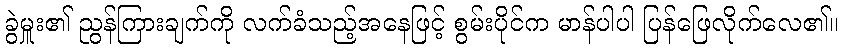
ခွဲမှူး၏ ညွန်ကြားချက်ကို လက်ခံသည့်အနေဖြင့် စွမ်းပိုင်က မာန်ပါပါ ပြန်ဖြေလိုက်လေ၏။